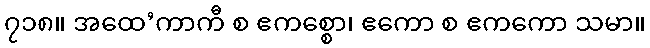
၇၁၈။ အထေ’ကာကီ စ ဧကစ္စော၊ ဧကော စ ဧကကော သမာ။